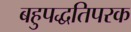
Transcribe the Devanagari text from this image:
बहुपद्धतिपरक